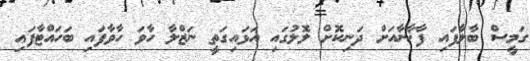
ގަމީސް ބާލާފައި ފާޚާނާއަށް ދަނިކޮށް ލޮލުގައި އަޅައިގަތީ ނަޒްލާ ހާވަ ހާވާފައި ބަހައްޓާފައި